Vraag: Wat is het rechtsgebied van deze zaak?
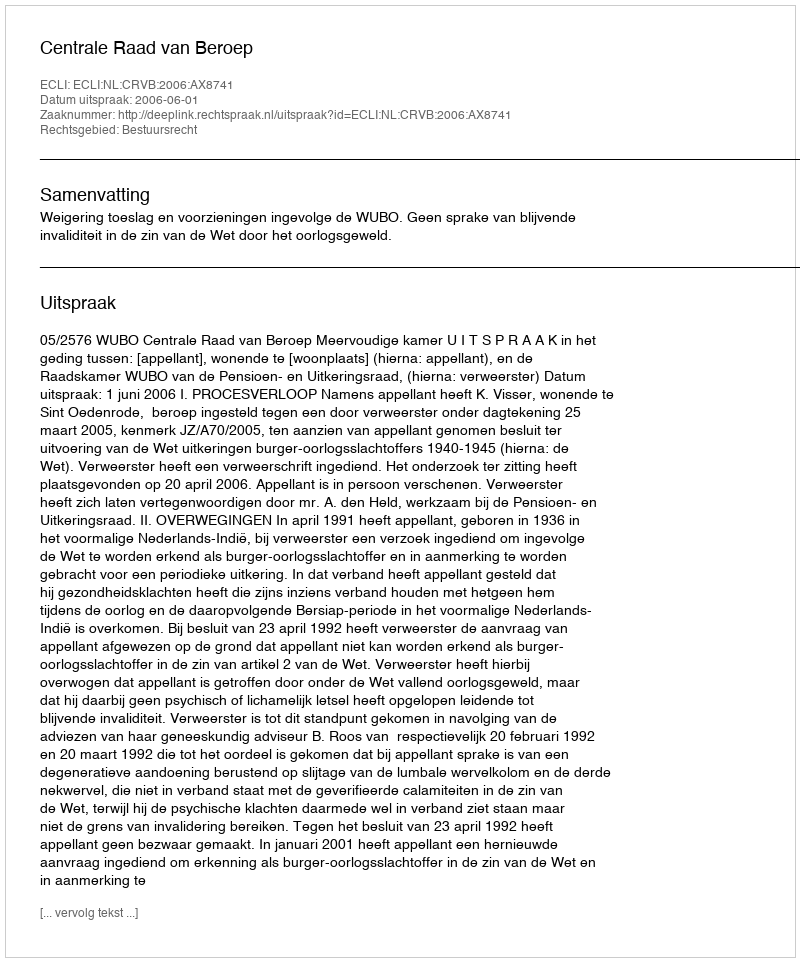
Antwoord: Bestuursrecht